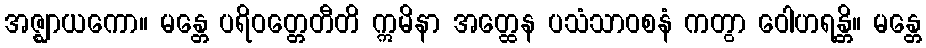
အဇ္ဈာယကော။ မန္တေ ပရိဝတ္တေတီတိ ဣမိနာ အတ္ထေန ပသံသာဝစနံ ကတွာ ဝေါဟရန္တိ။ မန္တေ